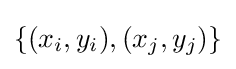
\{(x_{i},y_{i}),(x_{j},y_{j})\}